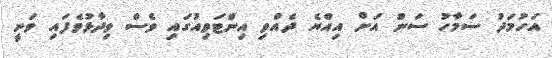
އަހުމަދު ސަމާހު ސަން އަށް އިއްޔެ ދެއްވި އިންޓަވިއުގައި ވެސް ވިދާޅުވެފައި ވަނީ